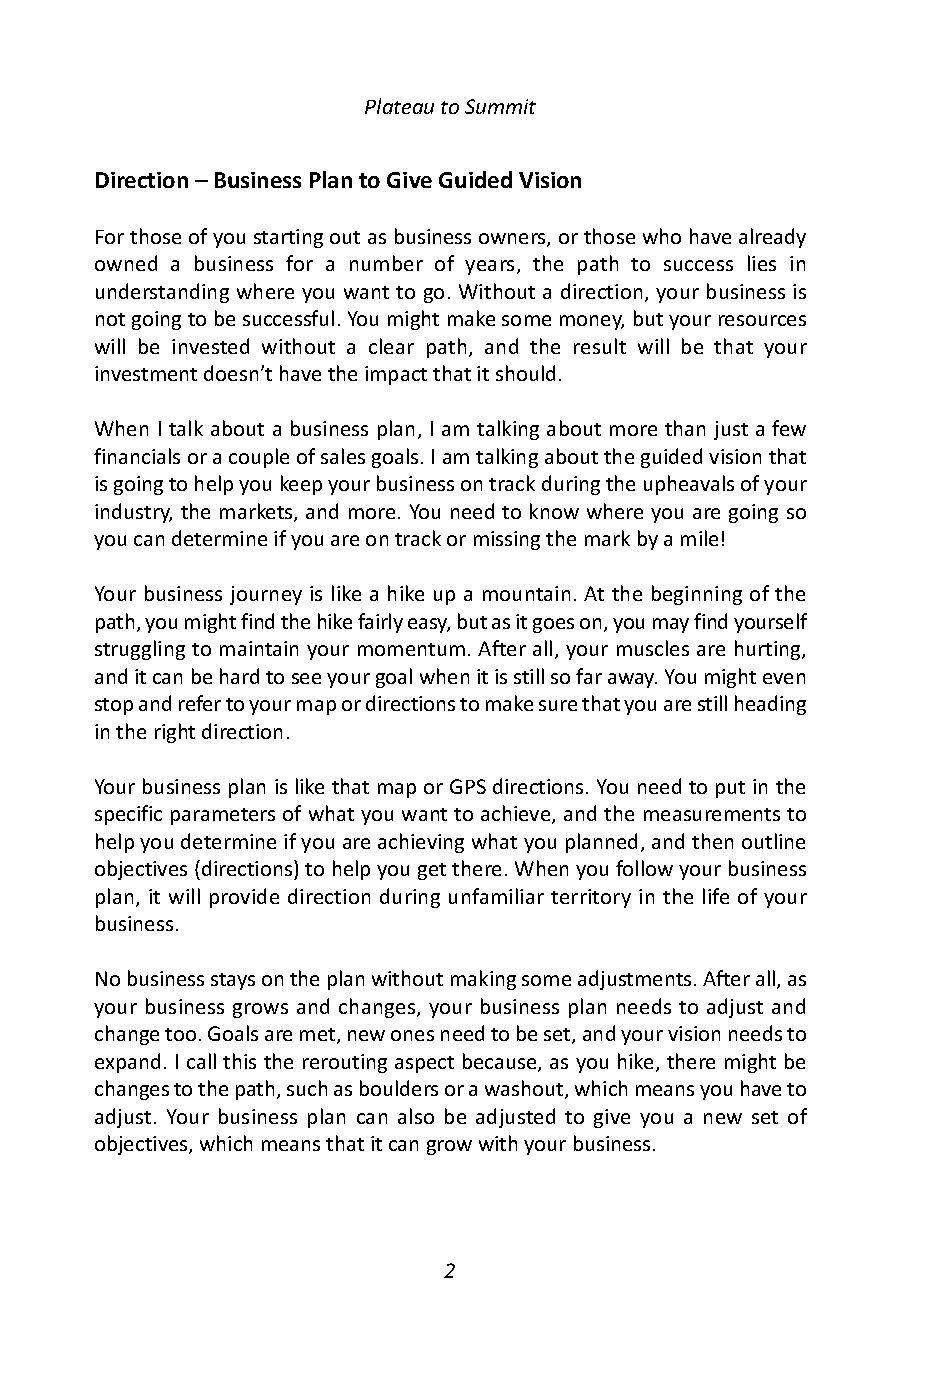
Plateau to Summit
 Direction – Business Plan to Give Guided Vision
 For those of you starting out as business owners, or those who have already
 owned a business for a number of years, the path to success lies in
 understanding where you want to go. Without a direction, your business is
 not going to be successful. You might make some money, but your resources
 will be invested without a clear path, and the result will be that your
 investment doesn’t have the impact that it should.
 When I talk about a business plan, I am talking about more than just a few
 financials or a couple of sales goals. I am talking about the guided vision that
 is going to help you keep your business on track during the upheavals of your
 industry, the markets, and more. You need to know where you are going so
 you can determine if you are on track or missing the mark by a mile!
 Your business journey is like a hike up a mountain. At the beginning of the
 path, you might find the hike fairly easy, but as it goes on, you may find yourself
 struggling to maintain your momentum. After all, your muscles are hurting,
 and it can be hard to see your goal when it is still so far away. You might even
 stop and refer to your map or directions to make sure that you are still heading
 in the right direction.
 Your business plan is like that map or GPS directions. You need to put in the
 specific parameters of what you want to achieve, and the measurements to
 help you determine if you are achieving what you planned, and then outline
 objectives (directions) to help you get there. When you follow your business
 plan, it will provide direction during unfamiliar territory in the life of your
 business.
 No business stays on the plan without making some adjustments. After all, as
 your business grows and changes, your business plan needs to adjust and
 change too. Goals are met, new ones need to be set, and your vision needs to
 expand. I call this the rerouting aspect because, as you hike, there might be
 changes to the path, such as boulders or a washout, which means you have to
 adjust. Your business plan can also be adjusted to give you a new set of
 objectives, which means that it can grow with your business.
 2